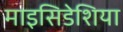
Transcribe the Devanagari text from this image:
माइसिडेशिया